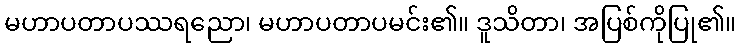
မဟာပတာပဿရညော၊ မဟာပတာပမင်း၏။ ဒူသိတာ၊ အပြစ်ကိုပြု၏။